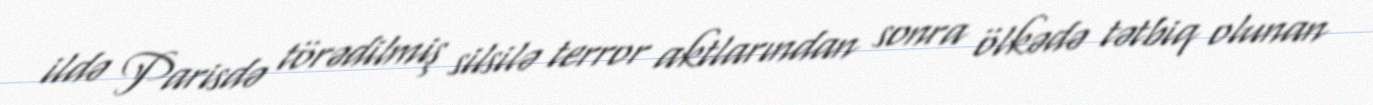
ildə Parisdə törədilmiş silsilə terror aktlarından sonra ölkədə tətbiq olunan